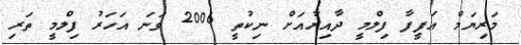
މަރިޔަމް ޢަފީފާ ފިލްމީ ދާއިރާއަށް ނިކުތީ 2006 ވަނަ އަހަރު ފިލްމީ ތަރި